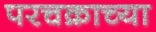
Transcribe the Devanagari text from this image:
परचक्राच्या